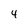
Character: 4